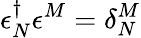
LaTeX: \epsilon_{N}^{\dagger}\epsilon^{M}=\delta_{N}^{M}